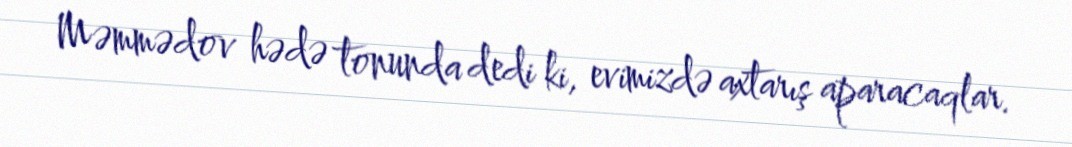
Məmmədov hədə tonunda dedi ki, evimizdə axtarış aparacaqlar.